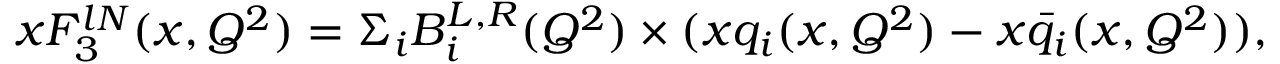
x F _ { 3 } ^ { l N } ( x , Q ^ { 2 } ) = \Sigma _ { i } B _ { i } ^ { L , R } ( Q ^ { 2 } ) \times ( x q _ { i } ( x , Q ^ { 2 } ) - x \bar { q } _ { i } ( x , Q ^ { 2 } ) ) ,